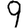
Digit: 9